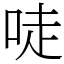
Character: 唗